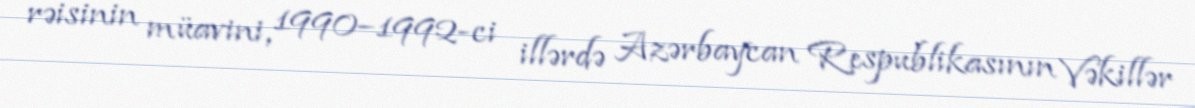
rəisinin müavini, 1990–1992-ci illərdə Azərbaycan Respublikasının Vəkillər